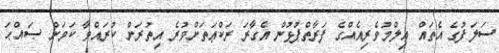
ސަލަފުގެ އެތައް ޢިލްމުވެރިއެއްގެ ފަރާތްޕުޅުން އެގާރަ ރަކްޢަތަށްވުރެ އިތުރަށް ކުރައްވާ ކަމަށް ޞައްޙަ